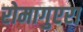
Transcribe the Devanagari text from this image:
रोमागुएरा